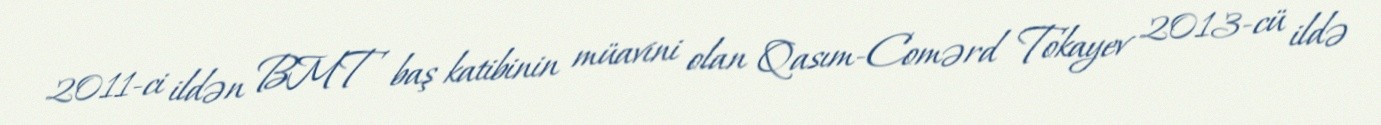
2011-ci ildən BMT baş katibinin müavini olan Qasım-Comərd Tokayev 2013-cü ildə